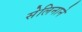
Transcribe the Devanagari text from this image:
सेलिनाने